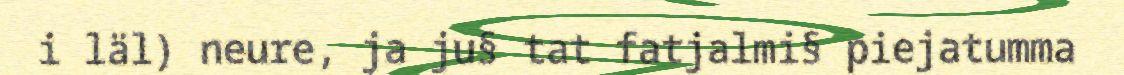
i läl) neure, ja ju§ tat fatjalmi§ piejatumma